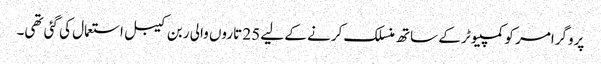
پروگرامر کو کمپیوٹر کے ساتھ منسلک کرنے کے لیے 25 تاروں والی ربن کیبل استعمال کی گئی تھی۔